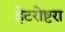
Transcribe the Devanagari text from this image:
हेटरोष्टरा